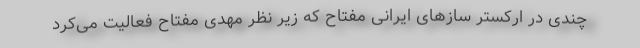
چندی در ارکستر سازهای ایرانی مفتاح که زیر نظر مهدی مفتاح فعالیت می‌کرد